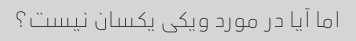
اما آیا در مورد ویکی یکسان نیست؟